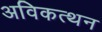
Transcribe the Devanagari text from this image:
अविकत्थन